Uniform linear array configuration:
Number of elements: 32
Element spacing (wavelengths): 0.25
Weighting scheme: binomial
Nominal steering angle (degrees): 45
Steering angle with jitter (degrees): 44.685
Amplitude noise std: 0.05
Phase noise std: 0.05

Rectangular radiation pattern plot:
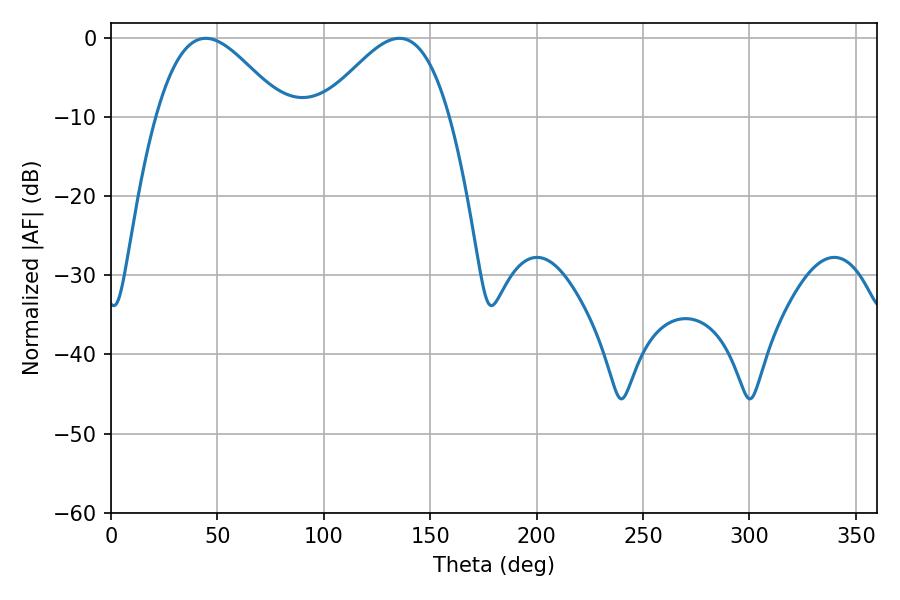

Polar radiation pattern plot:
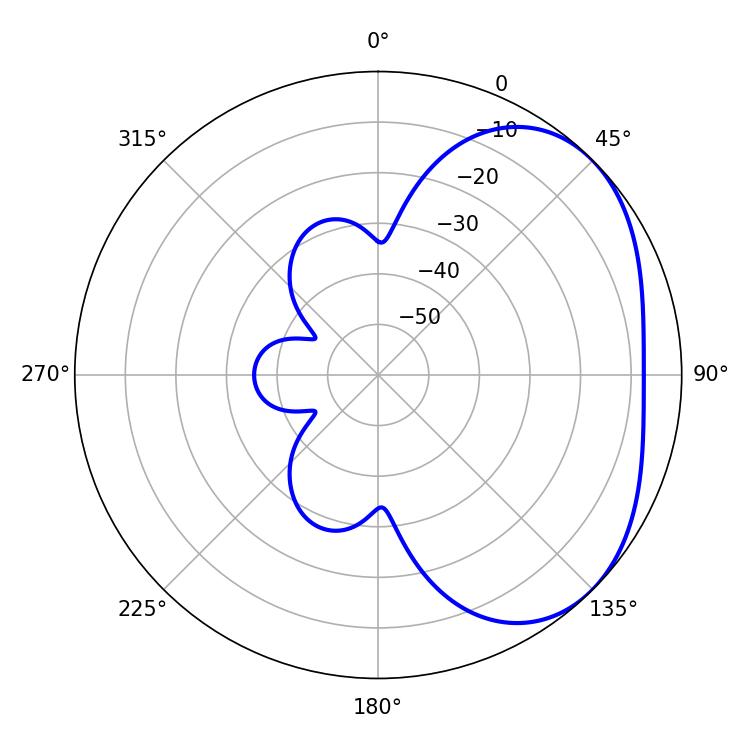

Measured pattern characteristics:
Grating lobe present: FALSE
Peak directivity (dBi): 3.288
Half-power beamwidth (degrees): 32.04
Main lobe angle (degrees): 44.46